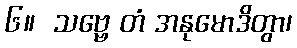
၆။  သဗ္ဗေ တံ အနုမောဒိတွာ၊